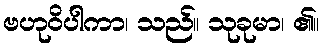
ဗဟုဝိပါကာ၊ သည်။ သုခုမာ၊ ၏။